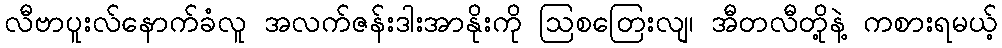
လီဗာပူးလ်နောက်ခံလူ အလက်ဇန်းဒါးအာနိုးကို ဩစတြေးလျ၊ အီတလီတို့နဲ့ ကစားရမယ့်